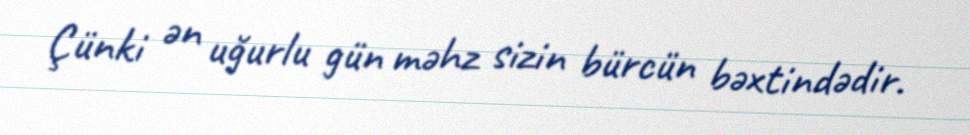
Çünki ən uğurlu gün məhz sizin bürcün bəxtindədir.